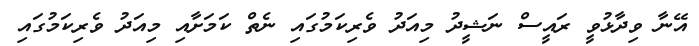
އޭނާ ވިދާޅުވީ ރައީސް ނަޝީދު މިއަދު ވެރިކަމުގައި ނެތް ކަމަށާއި މިއަދު ވެރިކަމުގައި